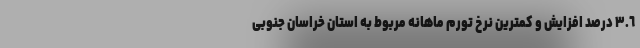
٣.٦ درصد افزایش و کمترین نرخ تورم ماهانه مربوط به استان­ خراسان جنوبی